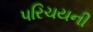
પરિચયની